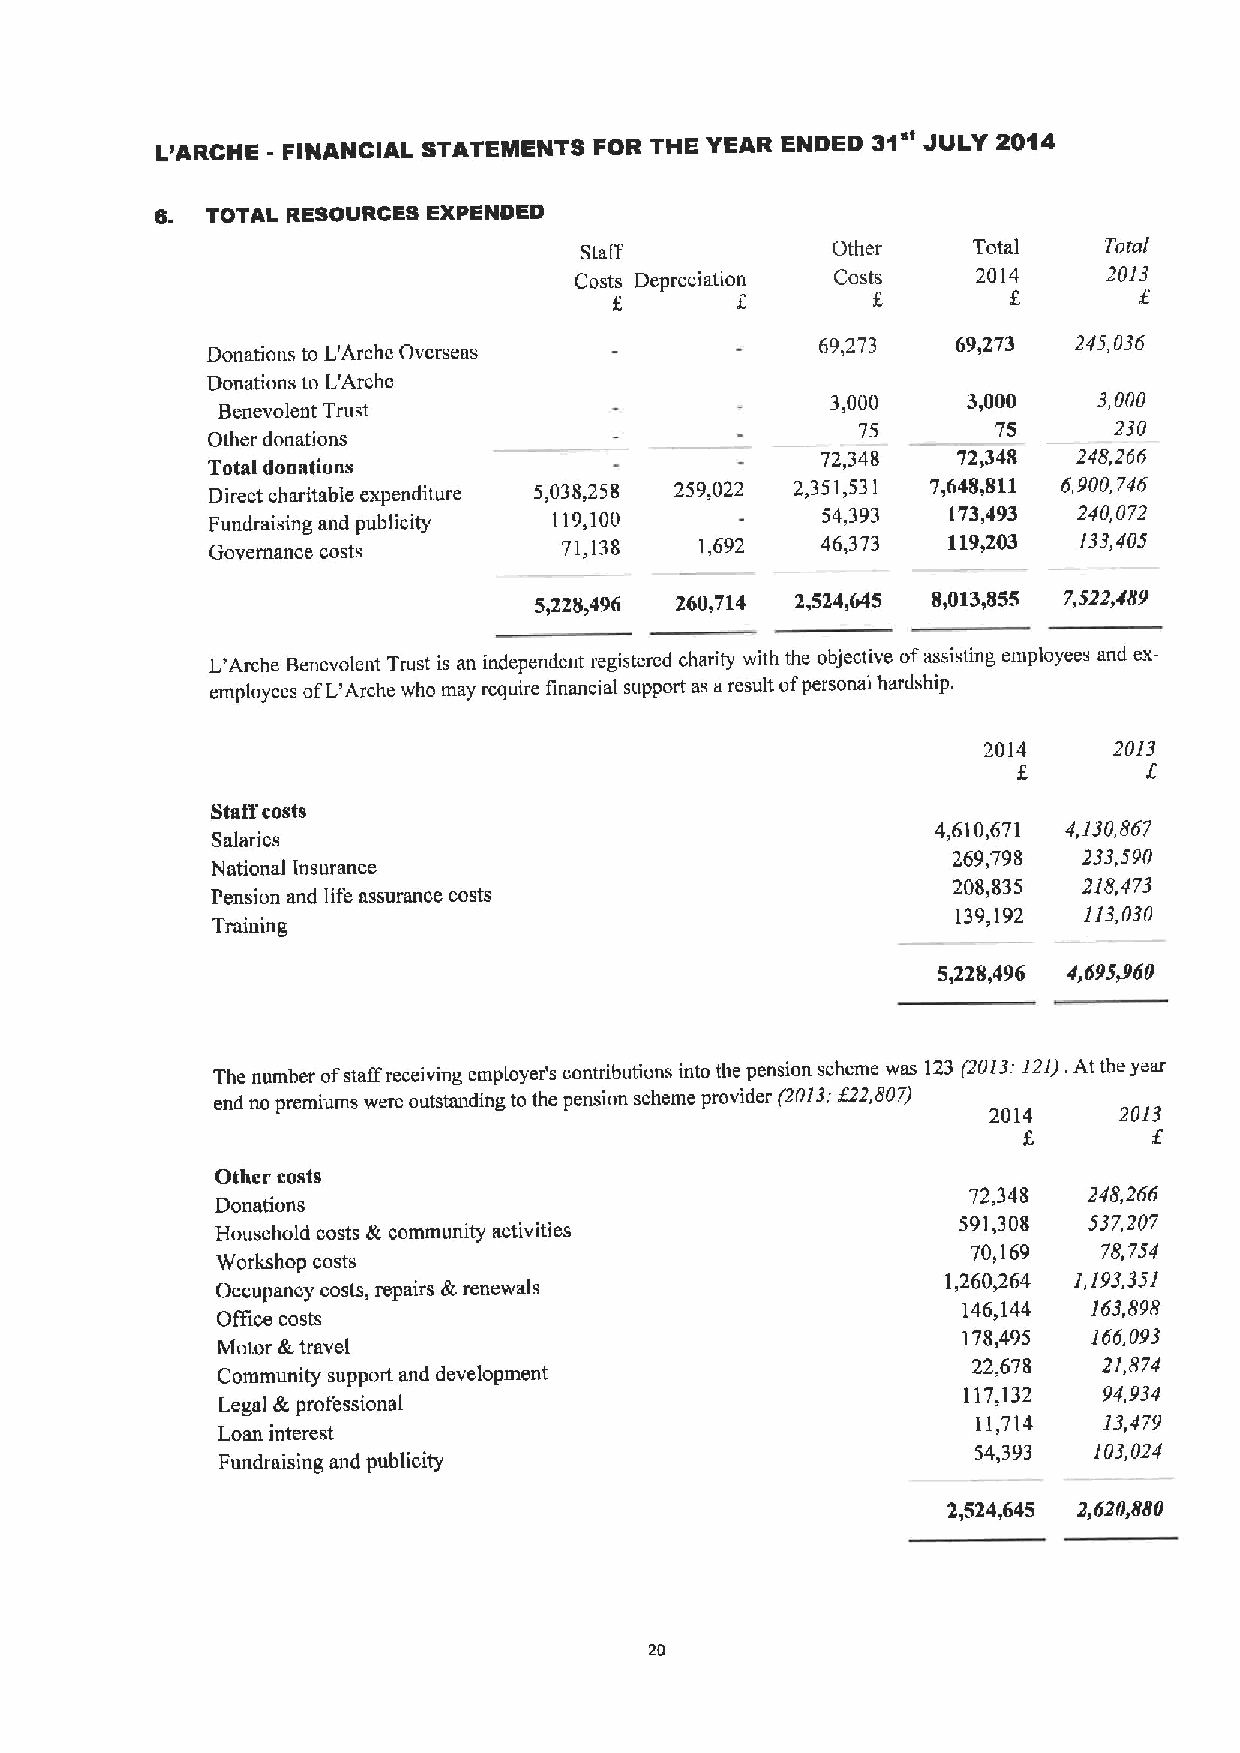
31"
 L)ARCHE - FINANCIAL STATEII8ENTS FOR THE YEAR ENDED JULY 2014
 6.  TOTAL RESOURCES EXPENDED
 Staff            Other    Total    Total
 Costs Depreciation Costs   2014    2013
 6
 Donations to L'Arche Overseas
 69,273   69,273  245,036
 Donations to L'Arche
 3,000    3,000    3,000
 Benevolent Trust
 75       75      230
 Other donations
 72,348   72,348  248,266
 Total donations
 Direct charitable expenditure 5,038,258 259,022 2,351,531 7,648,811 6,900,746
 Fundraising and publicity 119,100       54,393   173,493 240,072
 13oveinance costs      71,138   1,692   46,373   119,203 133,405
 5)228)496 260,714 2,524,645 8,013,855 7,522,489
 L'Arche Benevolent Trust is an independent registcrcd charity with the objective ofassisting einployees and ex-
 employees ofL'Arche who may require financial support as aresult ofpersonal hardship.
 2014     2013
 f
 6
 Staffcosts
 4,610,671 4,130,867
 Salaries
 269,798  233,590
 National Insurance
 208,835  218,473
 Pension and life assurance costs
 139,192  113,030
 Training
 5,228,496 4,695,960
 The number ofstaff receiving employer's contributions into the pension scheme was 123 (2013:1213.At the year
 end no premiums were outstanding to the pension scheme provider (2013;522,807)
 2014     2013
 Other costs
 72,348  248,266
 Donations
 591,308 537,207
 Household costs &community activities
 70,169   78,754
 Workshop costs
 Occupancy costs, repairs &renewals
 1,260,264 1,193,351
 146,144 163,898
 Office costs
 178,495 166,093
 Motor &travel
 22,678   21,874
 Community support and development
 117,132  94,934
 Legal &professional
 11,714  13,479
 Loan interest
 54,393 103,024
 Fundraising and publicity
 2 524 645 2 620880
 20